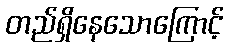
တည်ရှိနေသောကြောင့်